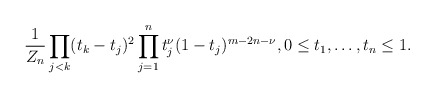
\begin{align*} \frac{1}{Z_n} \prod_{j<k} (t_k-t_j)^2 \prod_{j=1}^n t_j^{\nu} (1-t_j)^{m-2n-\nu},0 \leq t_1, \ldots, t_n \leq 1. \end{align*}